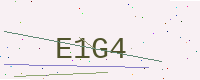
Text: E1G4